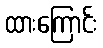
ထားကြောင်း